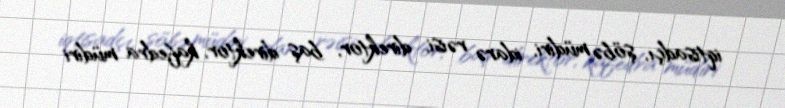
iqtisadçı, şöbə müdiri, idarə rəisi, direktor, baş direktor, kafedra müdiri